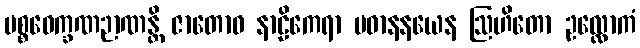
ပစ္စဝေက္ခဏဉာဏန္တိ ဇာတောဝ နာဠိကေရာ ပဓာနနယေန ဩဟိတော ဥလ္လောကံ